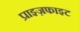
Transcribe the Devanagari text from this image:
प्राइज़फाइट